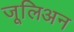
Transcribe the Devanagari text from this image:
जूलिअन